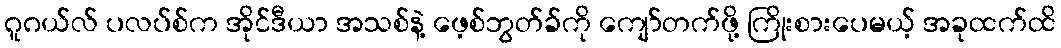
ဂူဂယ်လ် ပလပ်စ်က အိုင်ဒီယာ အသစ်နဲ့ ဖေ့စ်ဘွတ်ခ်ကို ကျော်တက်ဖို့ ကြိုးစားပေမယ့် အခုထက်ထိ